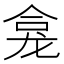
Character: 龛